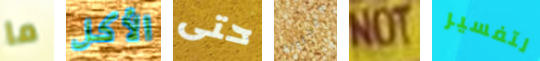
ما الأكل حتى ومحاولة NOT لتفسير